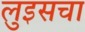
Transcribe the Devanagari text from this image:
लुइसचा